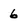
Character: 6